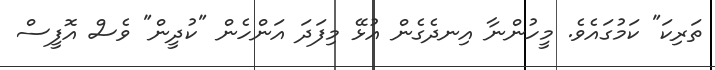
ތަރިކަ" ކަމުގައެވެ. މީހުންނާ އިނދެގެން އުޅޭ މިފަދަ އަންހެން "ކުދީން" ވެސް އޮފީސް